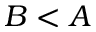
B < A